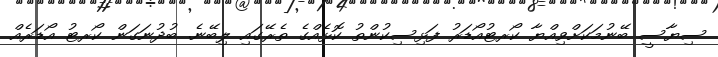
ސިޔާސީ ބޭނުމަކަށްވިއްޔާ ކޯރޓުއޯޑަރު ފަޅިސިކުންތު ކޮޅެއްގެ ތެރޭގައި ލިބޭނެ. ބުދުނަގަން ކޯރޓު އޯޑަރެއް